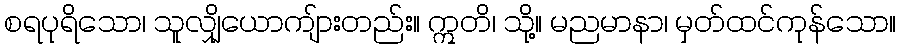
စရပုရိသော၊ သူလျှိုယောကျ်ားတည်း။ ဣတိ၊ သို့။ မညမာနာ၊ မှတ်ထင်ကုန်သော။